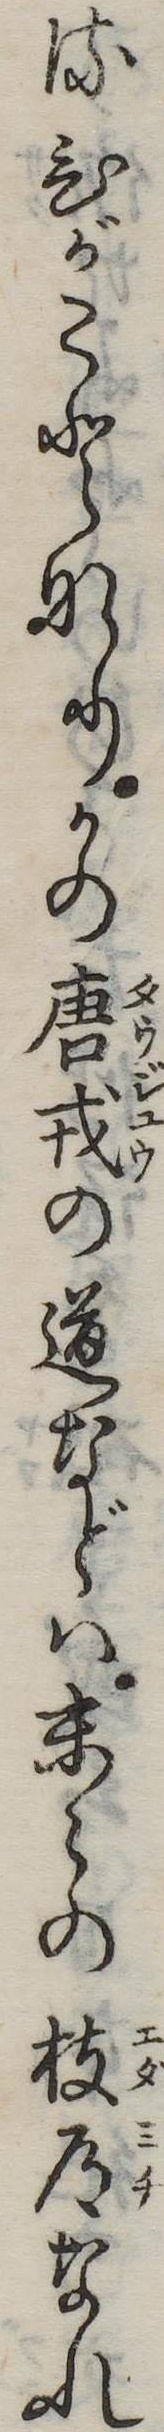
るひがことなりかの唐戎の道などは末の枝道なれ